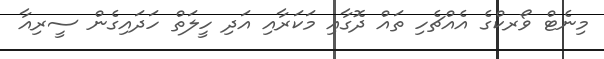
މިނެޓް ވޯރކްގެ އެއްޗެހި ތައް ދޮގާއި މަަކަރާއި އަދި ހީލަތް ހަދައިގެން ސީރިއާ